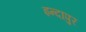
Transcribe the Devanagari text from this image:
इन्दापुर